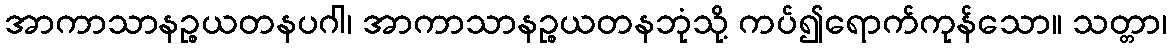
အာကာသာနဉ္စယတနပဂါ၊ အာကာသာနဉ္စယတနဘုံသို့ ကပ်၍ရောက်ကုန်သော။ သတ္တာ၊